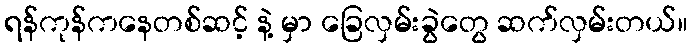
ရန်ကုန်ကနေတစ်ဆင့် နဲ့ မှာ ခြေလှမ်းခွဲတွေ ဆက်လှမ်းတယ်။